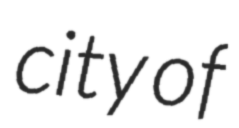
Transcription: city of